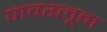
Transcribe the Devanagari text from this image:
पावरलूम